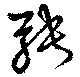
騁